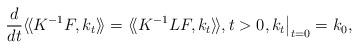
LaTeX: \begin{align*} \frac{d}{d t} \langle\!\langle K^{-1}F, k_t\rangle\!\rangle = \langle\!\langle K^{-1}LF, k_t\rangle\!\rangle,t>0, k_t\bigr|_{t=0}=k_0,\end{align*}